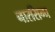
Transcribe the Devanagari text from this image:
नारसिन्घ